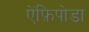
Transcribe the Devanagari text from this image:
ऐंफ़िपोडा